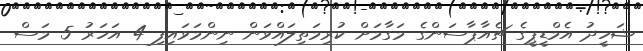
ޝަހީދު އެމްޑީޕީގެ ޗެއާޕާސަންގެ މަގާމަށް ކުރިމަތިލައްވަން ނިންމަވައިފި 4 އަހަރު 5 މަސް